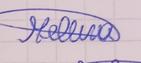
Signature authenticity: genuine